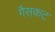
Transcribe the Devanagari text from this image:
गैसकट